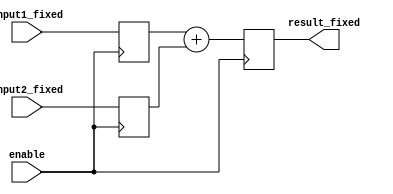
module fixed_point_adder (
    input wire [15:0] input1_fixed,
    input wire [15:0] input2_fixed,
    input wire enable,
    output reg [15:0] result_fixed
);

reg [15:0] input1_reg;
reg [15:0] input2_reg;
reg [15:0] result_reg;

always @ (posedge enable) begin
    input1_reg <= input1_fixed;
    input2_reg <= input2_fixed;
    result_reg <= input1_reg + input2_reg;
end

assign result_fixed = result_reg;

endmodule